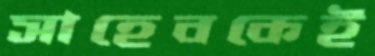
সাহেবকেই